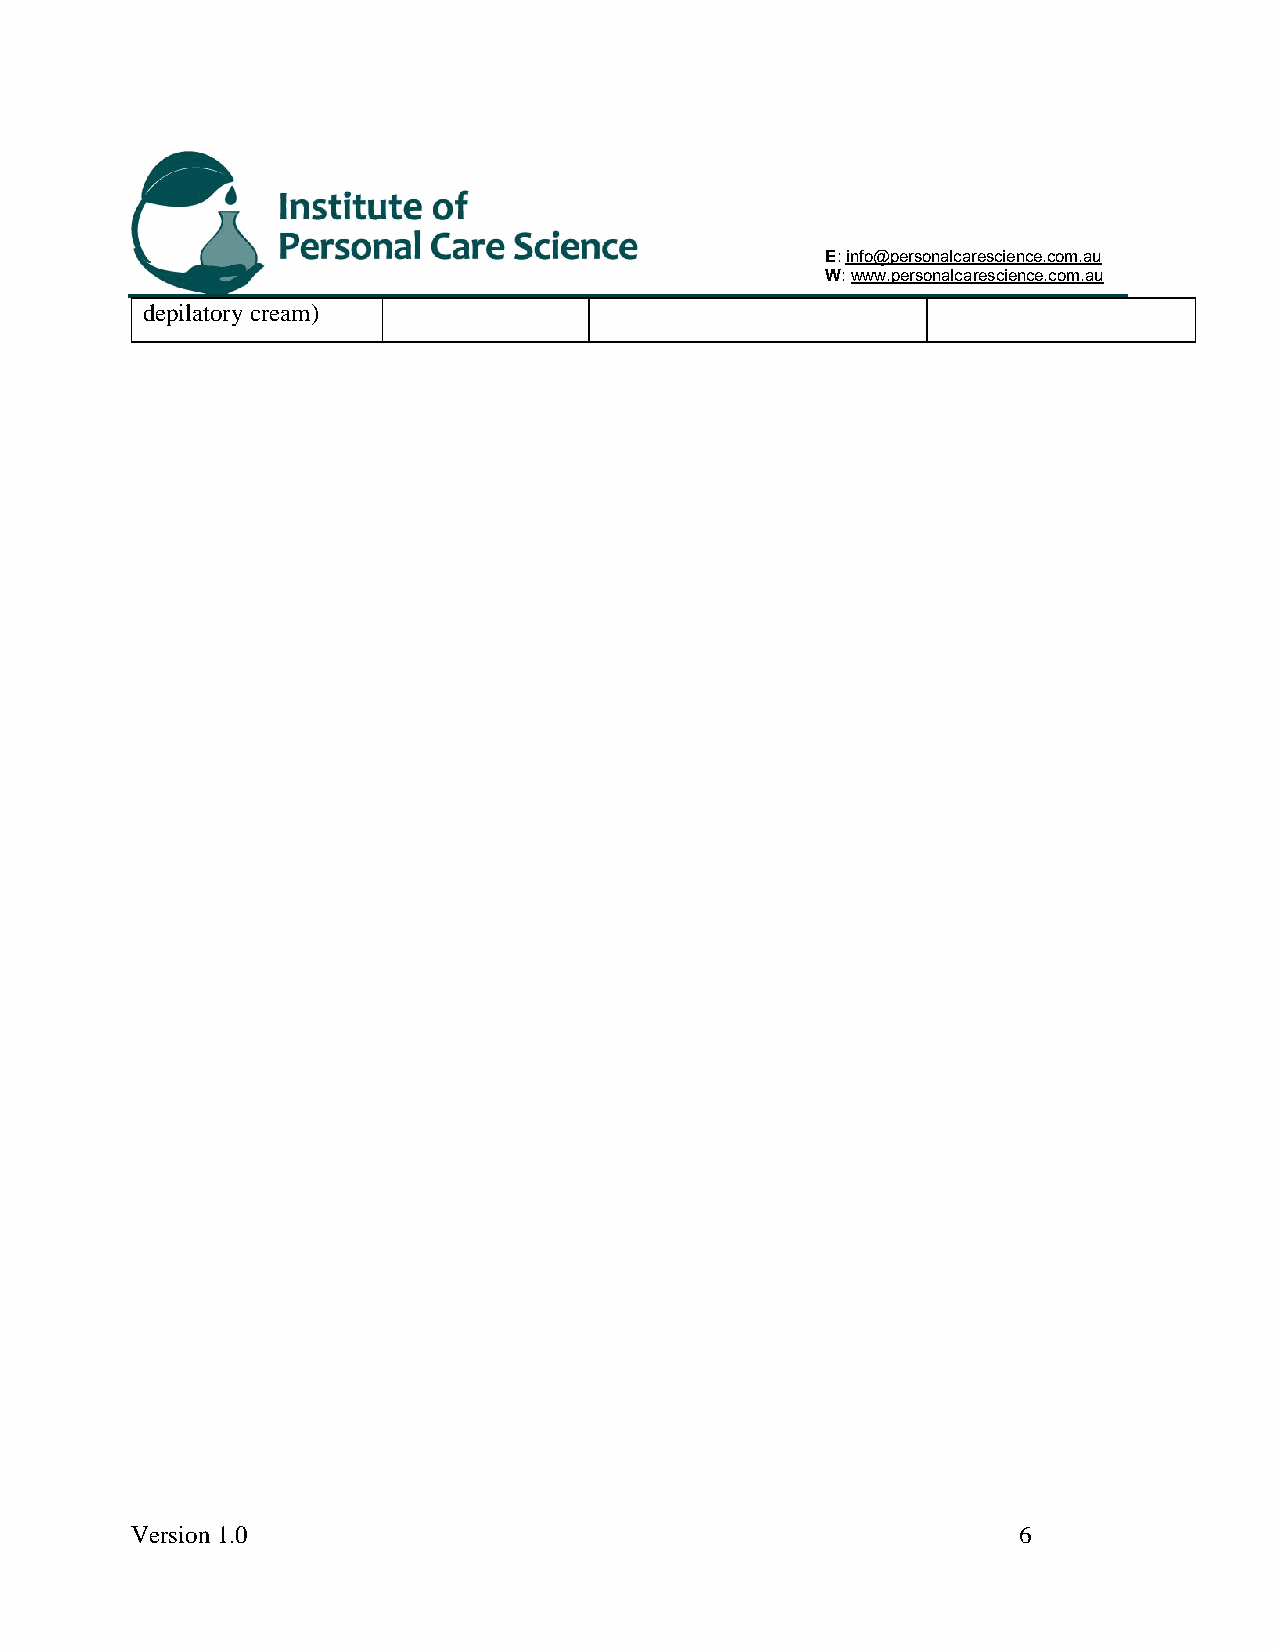
E: info@personalcarescience.com.au
 W: www.personalcarescience.com.au
 depilatory cream)
 Version 1.0                                               6